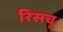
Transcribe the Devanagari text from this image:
रिसचृ